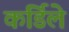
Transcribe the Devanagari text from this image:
कर्डिले